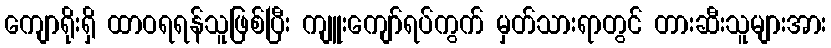
ကျောရိုးရှိ ထာဝရရန်သူဖြစ်ပြီး ကျူးကျော်ရပ်ကွက် မှတ်သားရာတွင် တားဆီးသူများအား